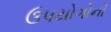
ઉપયોગોનો